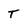
Character: t